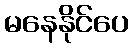
မနေနိုင်ပေ